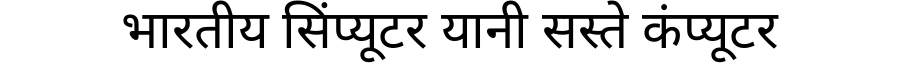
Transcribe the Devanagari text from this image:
भारतीय सिंप्यूटर यानी सस्ते कंप्यूटर